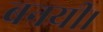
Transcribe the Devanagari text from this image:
बनयी।